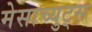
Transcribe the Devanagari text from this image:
मेसाच्युट्स